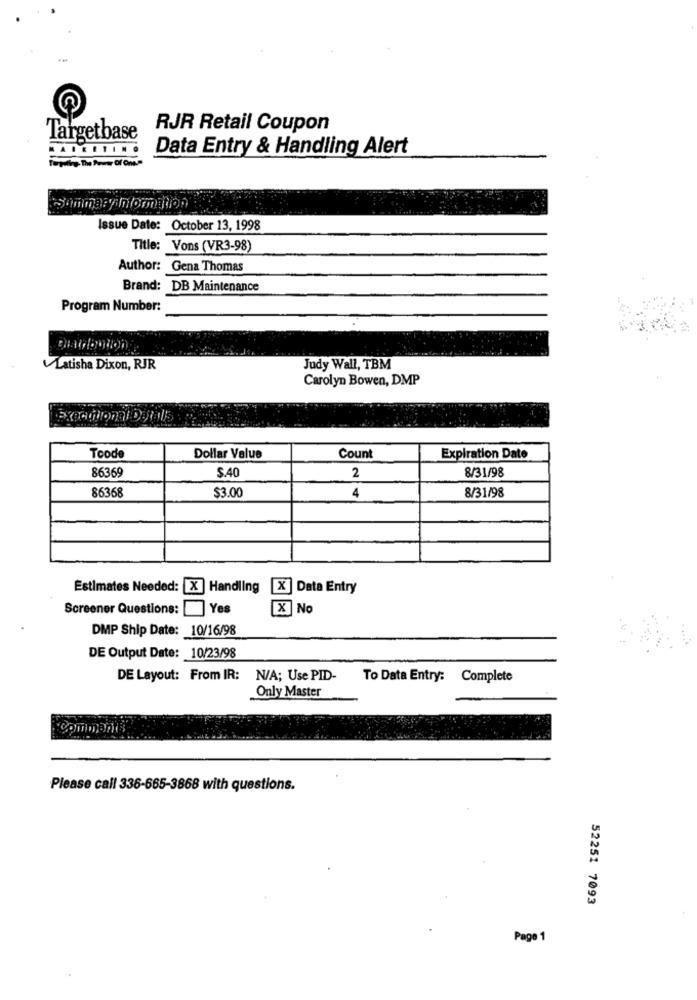
RJR Retail Coupon
Targetbase
Data Entry & Handling Alert
Issue Date: October 13, 1998
Title: Vons (VR3-98)
Author: Gena Thomas
Brand: DB Maintenance
Program Number:
Latisha Dixon, RJR
Judy Wall, TBM
Carolyn Bowen, DMP
Toode
Dollar Value
Count
Expiration Date
86369
$.40
2
8/31/98
86368
$3.00
4
8/31/98
Estimates Needed: X
Handling
X ]Data Entry
Screener Questions:
Yes
X
No
DMP Ship Date: 10/16/98
DE Output Date: 10/23/98
DE Layout: From IR: N/A; Use PID-
To Data Entry:
Complete
Only Master
Please call 336-665-3868 with questions.
52251 7093
Page 1